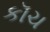
કૉચ